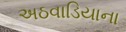
અઠવાડિયાના